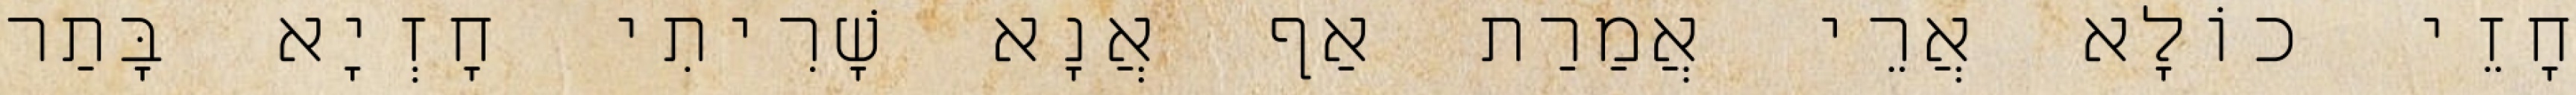
חָזֵי כוֹלָא אֲרֵי אֲמַרַת אַף אֲנָא שָׁרִיתִי חָזְיָא בָּתַר